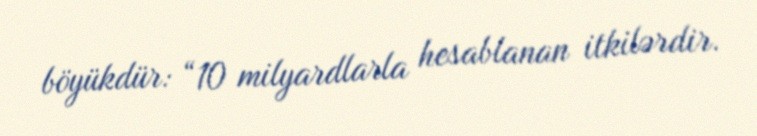
böyükdür: “10 milyardlarla hesablanan itkilərdir.